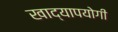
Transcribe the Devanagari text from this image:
खाद्यापयोगी